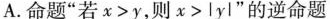
A.命题”若$$x > y$$，则$$x > l y l$$”的逆命题